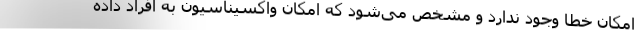
امکان خطا وجود ندارد و مشخص می‌شود که امکان واکسیناسیون به افراد داده